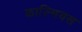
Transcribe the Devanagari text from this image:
काल्मियस